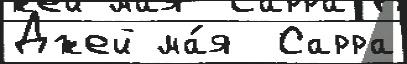
Джей ма́я  Сарра